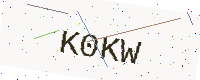
Text: K0KW